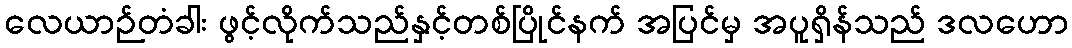
လေယာဉ်တံခါး ဖွင့်လိုက်သည်နှင့်တစ်ပြိုင်နက် အပြင်မှ အပူရှိန်သည် ဒလဟော